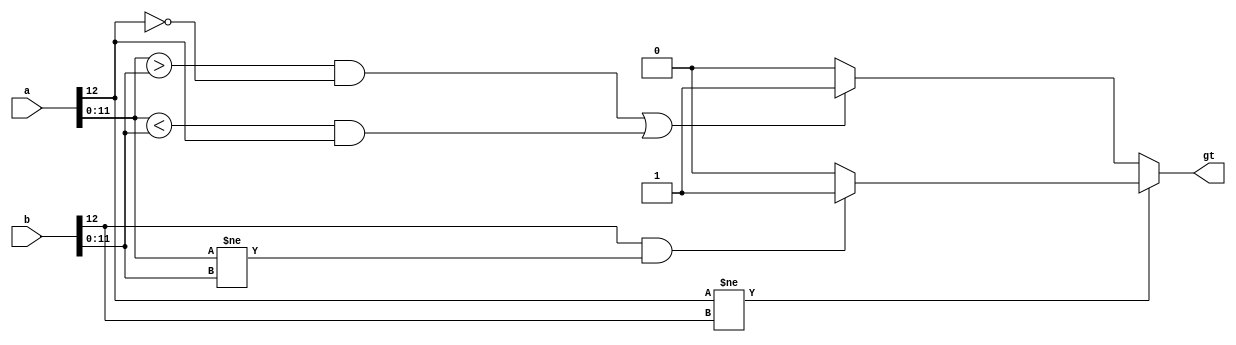
`timescale 1ns / 1ps
//////////////////////////////////////////////////////////////////////////////////
// Company: 
// Engineer: 
// 
// Design Name: 
// Module Name: floating_greater
// Project Name: 
// Target Devices: 
// Tool Versions: 
// Description: 
// 
// Dependencies: 
// 
// Revision:
// Revision 0.01 - File Created
// Additional Comments:
// 
//////////////////////////////////////////////////////////////////////////////////


module floating_greater(
    input [12:0] a,   //floating point input a
    input [12:0] b,   //floating point input b
    output reg gt     //outputs 1 when a is greater than b
    );

    always @*
    begin
        if(a[12] != b[12]) //a and b have different signs
            begin
                if(b[12] & (a[11:0] != b[11:0])) //if b is negative(1) and different magnitude, gt set to 1 (a greater)
                    gt = 1'b1;
                else      //if b is positive(0) or same magnitude, gt set to 0 (b greater)
                    gt = 1'b0;
            end
        else //a and b have same sign, compare magnitude (first exp, then significands if same exp)
            begin 
                if(((a[11:0] > b[11:0]) & ~a[12]) | ((a[11:0] < b[11:0]) & a[12])) //if a has larger magnitude than b and positive, or a has smaller magnitude than b and negative then gt is 1
                    gt = 1'b1;
                else                  //in all other cases, gt is 0 
                    gt = 1'b0;
            end
    end
    
endmodule